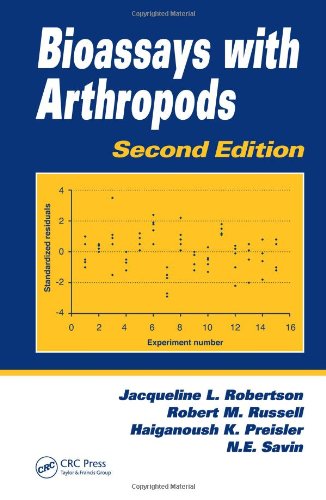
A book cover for Bioassays with Arthropods, Second Edition; Jacqueline L. Robertson; Science & Math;